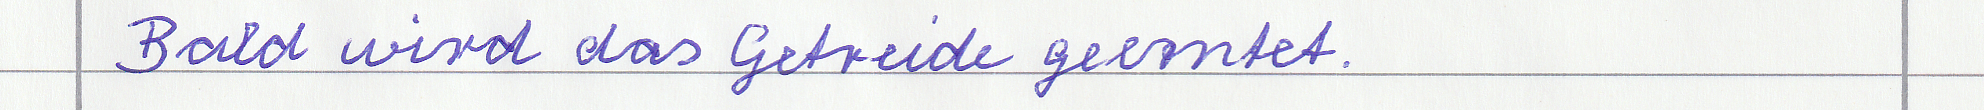
Bald wird das Getreide geerntet.